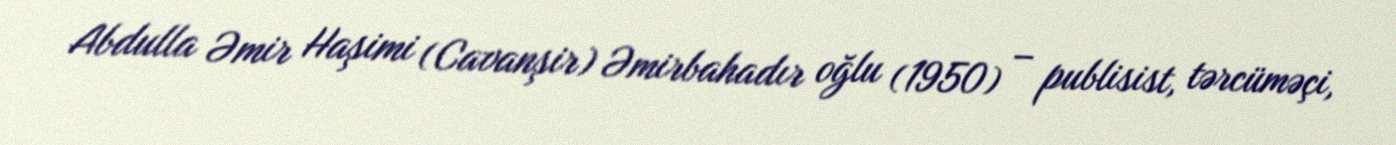
Abdulla Əmir Haşimi (Cavanşir) Əmirbahadır oğlu (1950) – publisist, tərcüməçi,